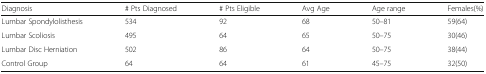
<table><thead><tr><td><b>Diagnosis</b></td><td><b># Pts Diagnosed</b></td><td><b># Pts Eligible</b></td><td><b>Avg Age</b></td><td><b>Age range</b></td><td><b>Females(%)</b></td></tr></thead><tbody><tr><td>Lumbar Spondylolisthesis</td><td>534</td><td>92</td><td>68</td><td>50–81</td><td>59(64)</td></tr><tr><td>Lumbar Scoliosis</td><td>495</td><td>64</td><td>65</td><td>50–75</td><td>30(46)</td></tr><tr><td>Lumbar Disc Herniation</td><td>502</td><td>86</td><td>64</td><td>50–75</td><td>38(44)</td></tr><tr><td>Control Group</td><td>64</td><td>64</td><td>61</td><td>45–75</td><td>32(50)</td></tr></tbody></table>